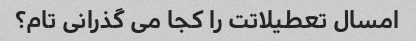
امسال تعطیلاتت را کجا می گذرانی تام؟